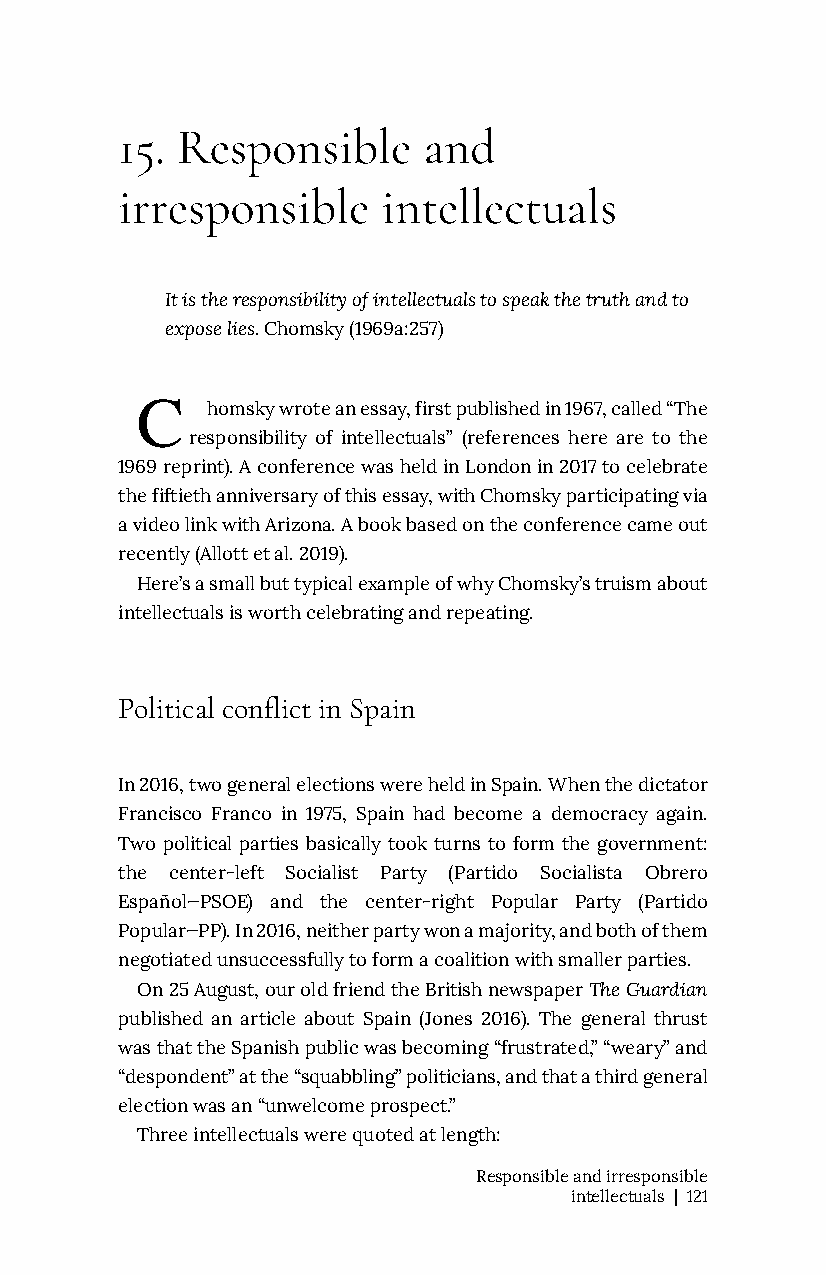
15. Responsible     and
 irresponsible    intellectuals
 It is the responsibility of intellectuals to speak the truth and to
 expose lies. Chomsky (1969a:257)
 C
 homsky wrote an essay, first published in 1967, called “The
 responsibility of intellectuals” (references here are to the
 1969 reprint). A conference was held in London in 2017 to celebrate
 the fiftieth anniversary of this essay, with Chomsky participating via
 a video link with Arizona. A book based on the conference came out
 recently (Allott et al. 2019).
 Here’s a small but typical example of why Chomsky’s truism about
 intellectuals is worth celebrating and repeating.
 Political conflict in Spain
 In 2016, two general elections were held in Spain. When the dictator
 Francisco Franco in 1975, Spain had become a democracy again.
 Two political parties basically took turns to form the government:
 the center-left Socialist Party (Partido Socialista Obrero
 Español—PSOE) and the center-right Popular Party (Partido
 Popular—PP). In 2016, neither party won a majority, and both of them
 negotiated unsuccessfully to form a coalition with smaller parties.
 On 25 August, our old friend the British newspaper The Guardian
 published an article about Spain (Jones 2016). The general thrust
 was that the Spanish public was becoming “frustrated,” “weary” and
 “despondent” at the “squabbling” politicians, and that a third general
 election was an “unwelcome prospect.”
 Three intellectuals were quoted at length:
 Responsible and irresponsible
 intellectuals | 121